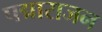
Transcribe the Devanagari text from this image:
पद्माराजन